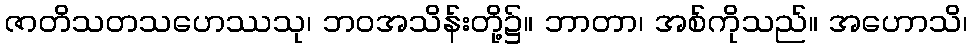
ဇာတိသတသဟေဿသု၊ ဘဝအသိန်းတို့၌။ ဘာတာ၊ အစ်ကိုသည်။ အဟောသိ၊